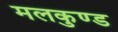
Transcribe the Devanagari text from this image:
मलकुण्ड